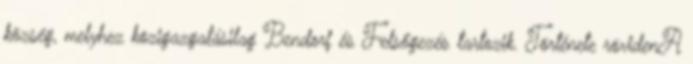
község, melyhez közigazgatásilag Bendorf és Felsőgezés tartozik. Története rövidenA